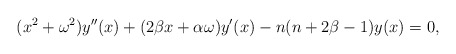
\begin{align*}(x^2+\omega^2)y''(x)+(2\beta x+\alpha \omega)y'(x)-n(n+2\beta-1)y(x)=0,\end{align*}